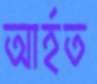
আর্হত